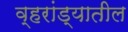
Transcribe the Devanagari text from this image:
व्हरांड्यातील